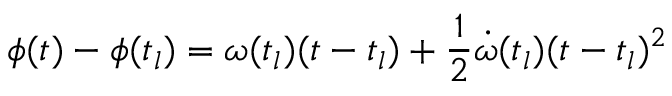
\phi ( t ) - \phi ( t _ { l } ) = \omega ( t _ { l } ) ( t - t _ { l } ) + \frac { 1 } { 2 } \dot { \omega } ( t _ { l } ) ( t - t _ { l } ) ^ { 2 }